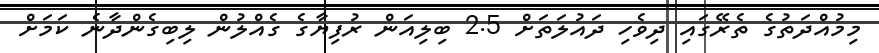
މިމުއްދަތުގެ ތެރޭގައި ދިވެހި ދައުލަތަށް 2.5 ބިލިއަން ރުފިޔާގެ ގެއްލުން ލިބިގެންދާނެ ކަމަށް